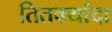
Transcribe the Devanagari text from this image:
तितक्यांदा